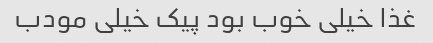
غذا خیلی خوب بود پیک خیلی مودب